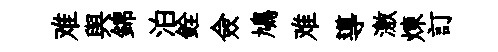
难舆錦泊銓僉鳩难導激煉訂